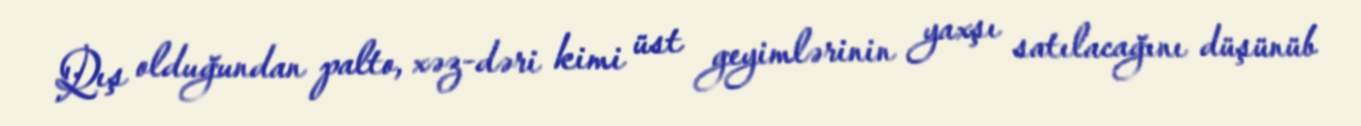
Qış olduğundan palto, xəz-dəri kimi üst geyimlərinin yaxşı satılacağını düşünüb